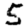
Digit: 5